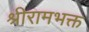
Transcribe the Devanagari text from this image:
श्रीरामभक्त